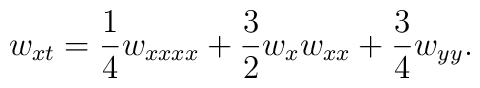
w_{xt} = \frac{1}{4} w_{xxxx} + \frac{3}{2} w_x w_{xx} + \frac{3}{4}w_{yy}.